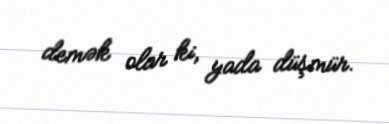
demək olar ki, yada düşmür.